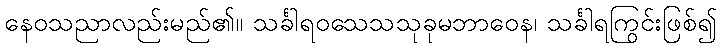
နေဝသညာလည်းမည်၏။ သင်္ခါရဝသေသသုခုမဘာဝေန၊ သင်္ခါရကြွင်းဖြစ်၍